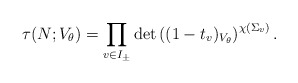
\begin{align*}\tau(N; V_\theta) = \prod_{v \in I_\pm} {\det}\left( (1 - t_v)_{V_\theta}\right)^{\chi(\Sigma_v)}.\end{align*}